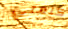
كلمتي